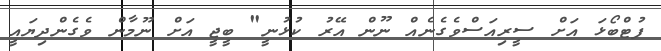
ފުޓްބޯޅަ އަށް ސީރިއަސްވެގެނެއް ނޫން އޭރު ކުޅުނީ" ބީޖީ އަށް ނޫމާން ވެގެންދިޔައީ